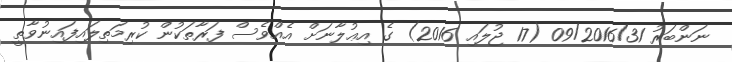
ނަންބަރު 09/2016/31 (17 ޖުލައި 2016) ގެ އިޢުލާނަށް އެއްވެސް ފަރާތަކުން ކުރިމަތިލައިފައިނުވާތީ